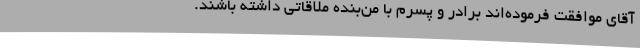
آقای موافقت فرموده‌اند برادر و پسرم با من‌بنده ملاقاتی داشته باشند.